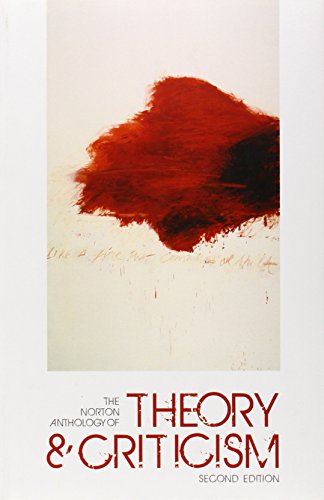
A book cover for The Norton Anthology of Theory and Criticism; Literature & Fiction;